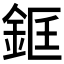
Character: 𨦑